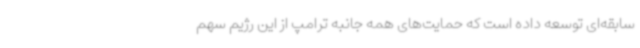
سابقه‌ای توسعه داده است که حمایت‌های همه جانبه ترامپ از این رژیم سهم